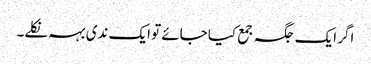
اگر ایک جگہ جمع کیا جائے تو ایک ندی بہہ نکلے۔